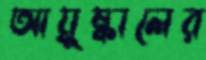
আয়ুষ্কালের